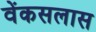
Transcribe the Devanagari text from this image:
वेंकसलास